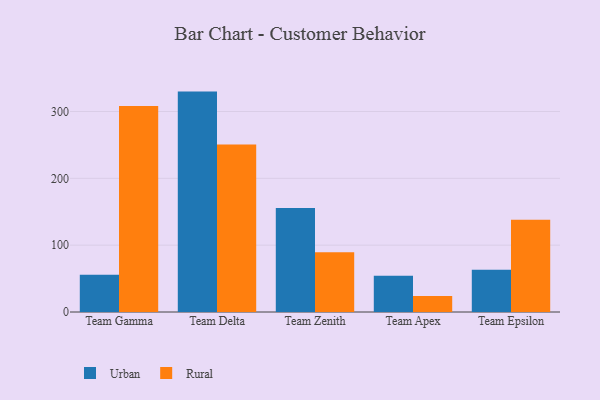
{"axis": {"x": "Team", "y": "Shipments"}, "legend": ["Rural", "Urban"], "data": [{"x": "Team Gamma", "y": 55.6, "type": "Urban"}, {"x": "Team Gamma", "y": 308.3, "type": "Rural"}, {"x": "Team Delta", "y": 329.8, "type": "Urban"}, {"x": "Team Delta", "y": 250.8, "type": "Rural"}, {"x": "Team Zenith", "y": 155.8, "type": "Urban"}, {"x": "Team Zenith", "y": 89.3, "type": "Rural"}, {"x": "Team Apex", "y": 54.3, "type": "Urban"}, {"x": "Team Apex", "y": 23.9, "type": "Rural"}, {"x": "Team Epsilon", "y": 63.1, "type": "Urban"}, {"x": "Team Epsilon", "y": 138.2, "type": "Rural"}]}